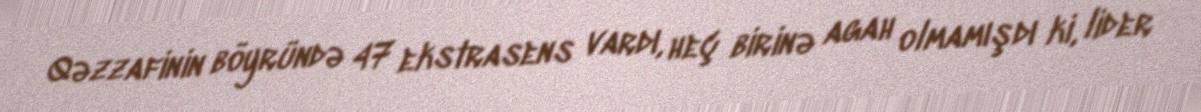
Qəzzafinin böyründə 47 ekstrasens vardı, heç birinə agah olmamışdı ki, lider